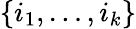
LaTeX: \{ i_{1},\dots,i_{k}\}